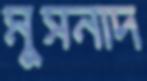
মুসনাদ